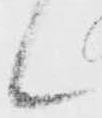
候